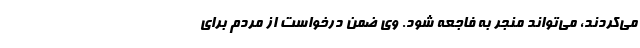
می‌کردند، می‌تواند منجر به فاجعه شود. وی ضمن درخواست از مردم برای